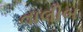
તાલીબ